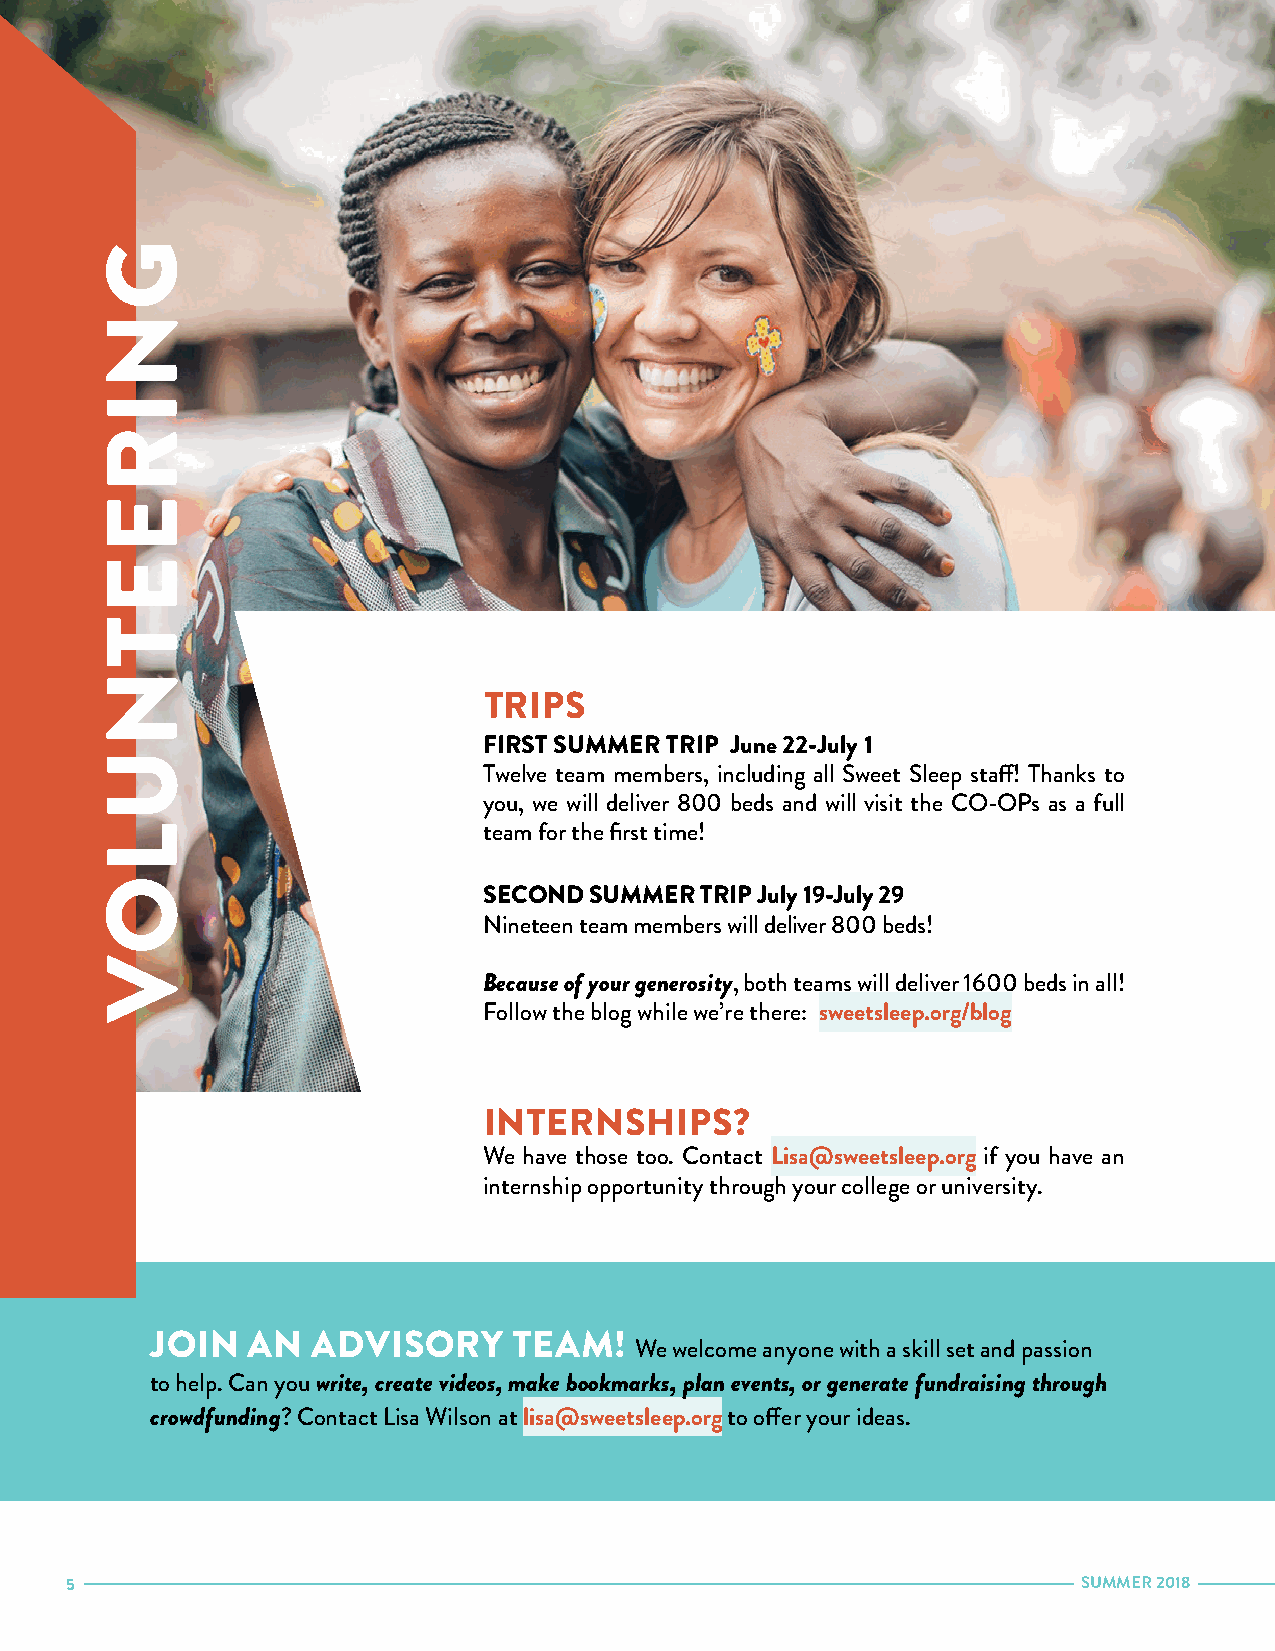
TRIPS
 FIRST SUMMER TRIP June 22-July 1
 Twelve team members, including all Sweet Sleep staff! Thanks to
 you, we will deliver 800 beds and will visit the CO-OPs as a full
 team for the first time!
 SECOND SUMMER TRIP July 19-July 29
 Nineteen team members will deliver 800 beds!
 Because of your generosity, both teams will deliver 1600 beds in all!
 Follow the blog while we’re there: sweetsleep.org/blog
 INTERNSHIPS?
 We have those too. Contact Lisa@sweetsleep.org if you have an
 internship opportunity through your college or university.
 JOIN  AN   ADVISORY     TEAM!
 We welcome anyone with a skill set and passion
 to help. Can you write, create videos, make bookmarks, plan events, or generate fundraising through
 crowdfunding? Contact Lisa Wilson at lisa@sweetsleep.org to offer your ideas.
 5                                                                   SUMMER 2018
 GNIREETNULOV